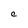
Character: C